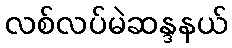
လစ်လပ်မဲဆန္ဒနယ်